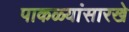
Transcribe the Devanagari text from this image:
पाकळ्यांसारखे